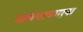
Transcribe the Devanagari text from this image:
चाचपडणार्‍या